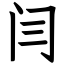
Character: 闫